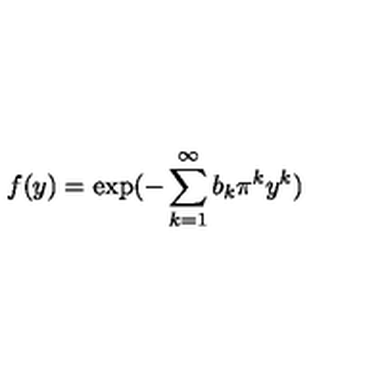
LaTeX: f ( y ) = \exp ( - \sum _ { k = 1 } ^ { \infty } b _ { k } \pi ^ { k } y ^ { k } )